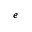
_ e